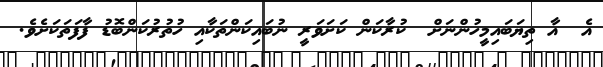
އެ  އާ ތިޔަބައިމީހުންނަށް  ކުރާކަން ކަށަވަރީ ނުބައިކަންތަކާއި ހުތުރުކަންބޮޑު ފާފަތަކަށެވެ.